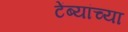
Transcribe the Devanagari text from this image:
टेंब्यांच्या